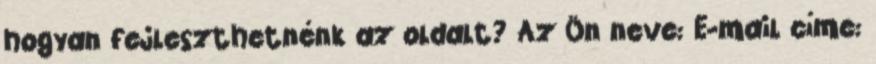
hogyan fejleszthetnénk az oldalt? Az Ön neve: E-mail címe: